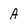
Character: A